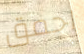
احمق